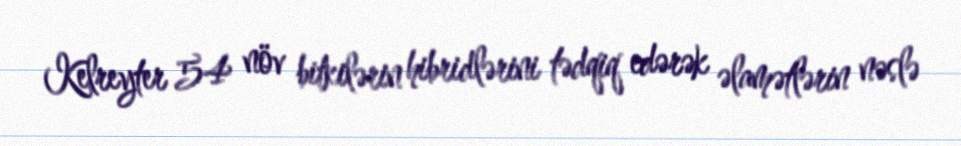
Kelreyter 54 növ bitkilərin hibridlərini tədqiq edərək əlamətlərin nəslə